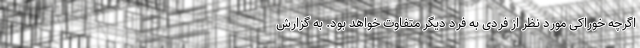
اگرچه خوراکی مورد نظر از فردی به فرد دیگر متفاوت خواهد بود. به گزارش